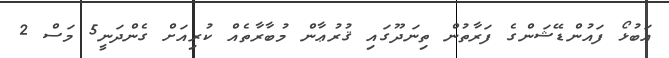
އަބުޅޯ ފައުންޑޭޝަންގެ ފަރާތުން ތިނަދޫގައި ޤުރުޢާން މުބާރާތެއް ކުރިއަށް ގެންދަނީ5 މަސް 2